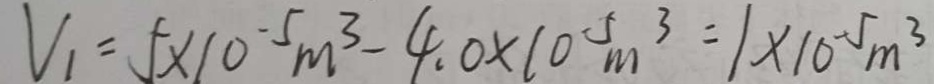
V _ { 1 } = 5 \times 1 0 ^ { - 5 } m ^ { 3 } - 4 . 0 \times 1 0 ^ { - 5 } m ^ { 3 } = 1 \times 1 0 ^ { - 5 } m ^ { 3 }